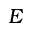
E